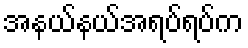
အနယ်နယ်အရပ်ရပ်က